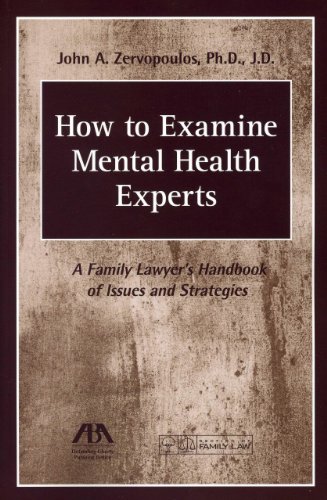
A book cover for How to Examine Mental Health Experts: A Family Lawyer's Handbook of Issues and Strategies; John A. Zervopoulos; Law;